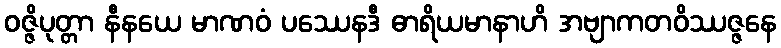
ဝဇ္ဇိပုတ္တာ နီနယေ မာဏဝံ ပဿေနဒီ ဓာရိယမာနာဟိ အဗျာကတဝိဿဇ္ဇနေ